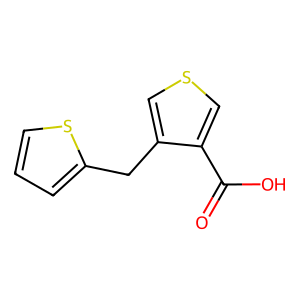
SMILES: O=C(O)c1cscc1Cc1cccs1
Inhibits HIV replication: No